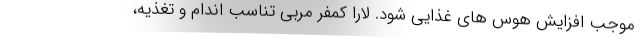
موجب افزایش هوس های غذایی شود. لارا کمفر مربی تناسب اندام و تغذیه،